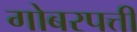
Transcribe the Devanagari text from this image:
गोबरपत्ती